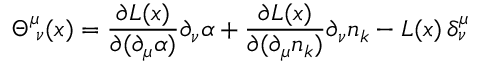
\Theta _ { \; \nu } ^ { \mu } ( x ) = \frac { \partial { \cal L } ( x ) } { \partial ( \partial _ { \mu } \alpha ) } \partial _ { \nu } \alpha + \frac { \partial { \cal L } ( x ) } { \partial ( \partial _ { \mu } n _ { k } ) } \partial _ { \nu } n _ { k } - { \cal L } ( x ) \, \delta _ { \nu } ^ { \mu }